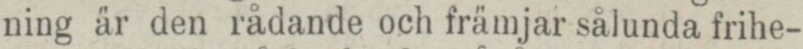
ning är den rådande och främjar sålunda frihe-